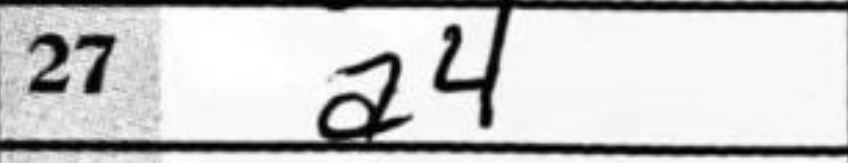
Transcription: a4